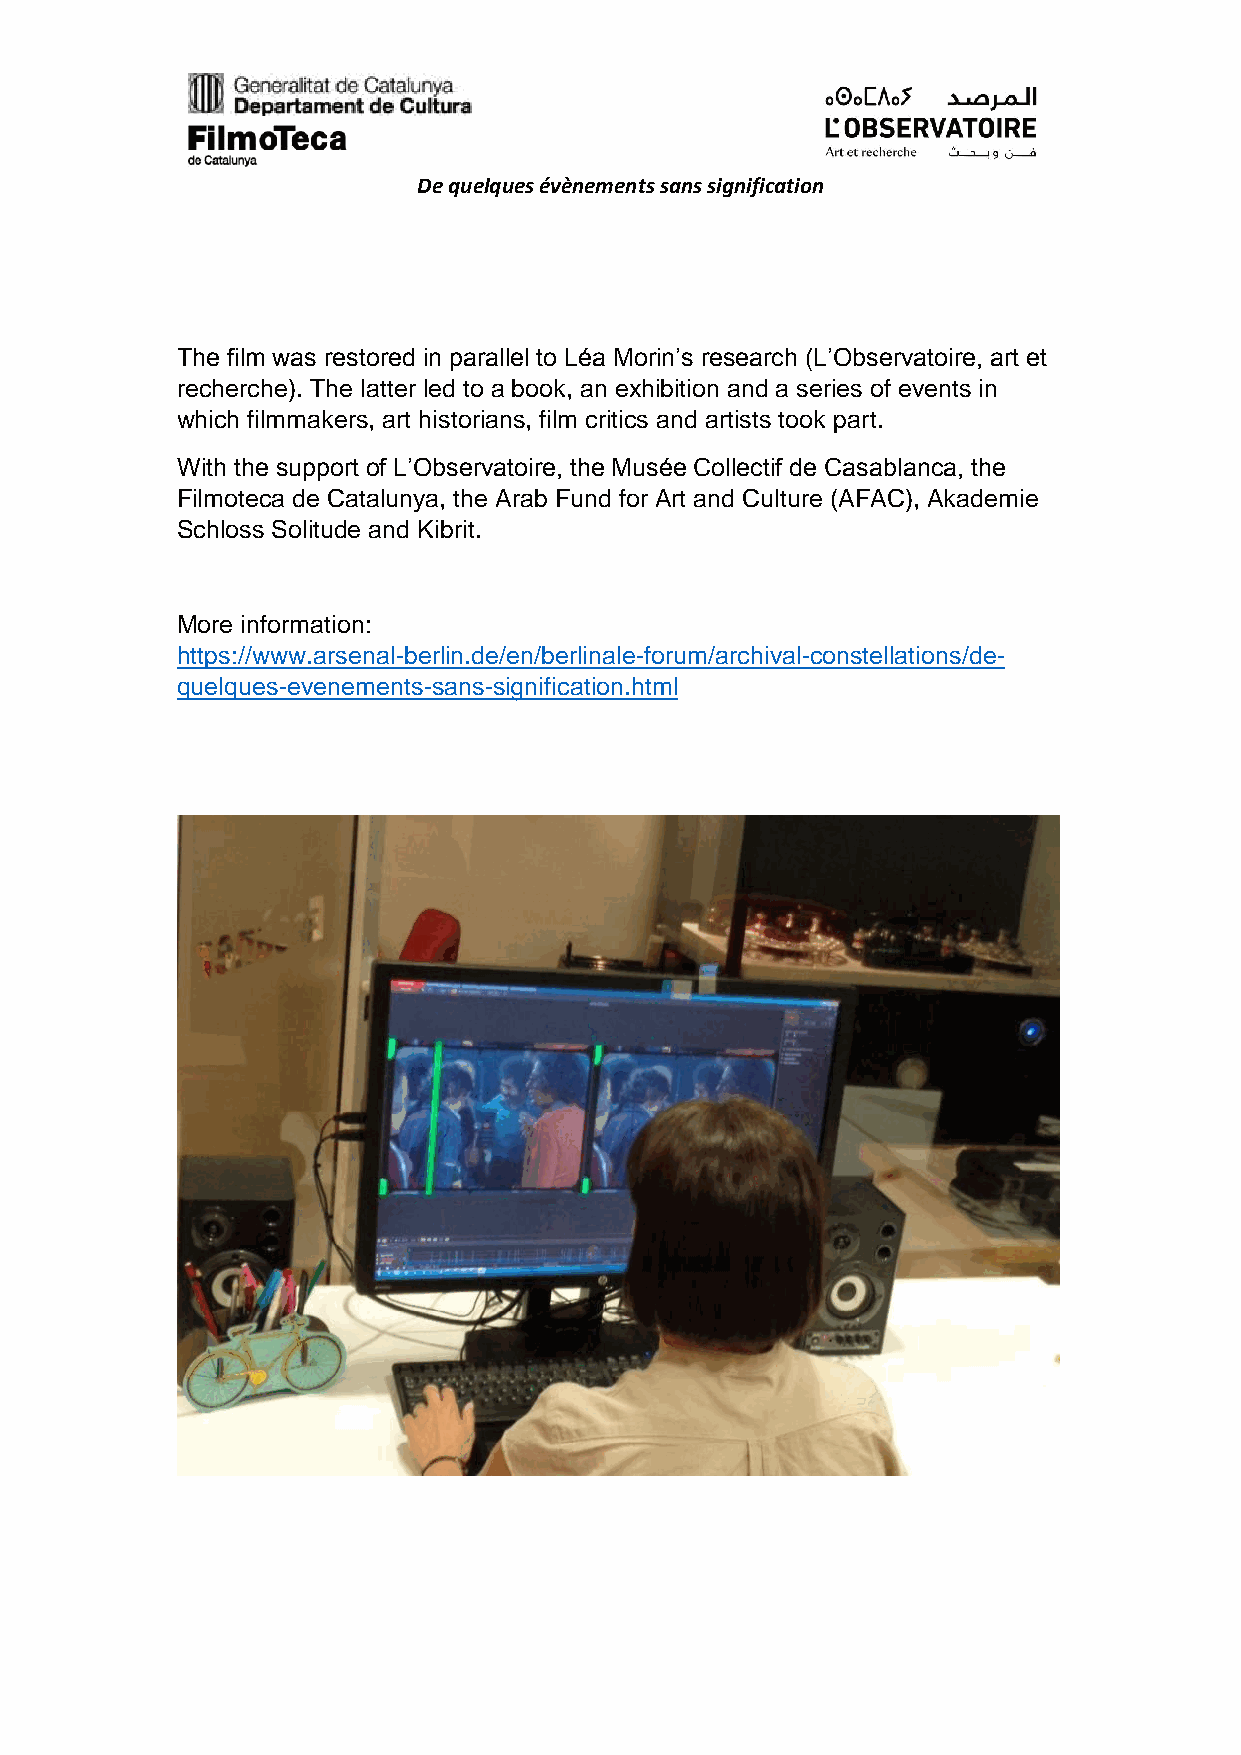
De quelques évènements sans signification
 The film was restored in parallel to Léa Morin’s research (L’Observatoire, art et
 recherche). The latter led to a book, an exhibition and a series of events in
 which filmmakers, art historians, film critics and artists took part.
 With the support of L’Observatoire, the Musée Collectif de Casablanca, the
 Filmoteca de Catalunya, the Arab Fund for Art and Culture (AFAC), Akademie
 Schloss Solitude and Kibrit.
 More information:
 https://www.arsenal-berlin.de/en/berlinale-forum/archival-constellations/de-
 quelques-evenements-sans-signification.html